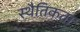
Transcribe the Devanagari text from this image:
स्थैतिकता